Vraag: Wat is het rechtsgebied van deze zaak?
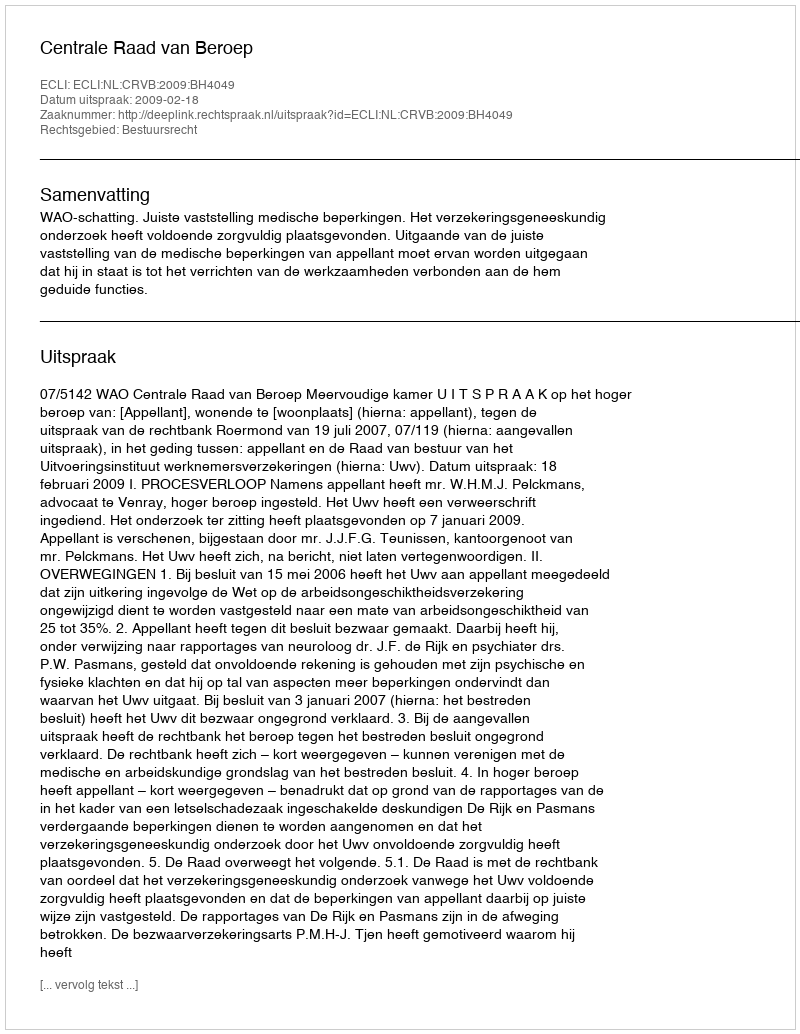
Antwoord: Bestuursrecht